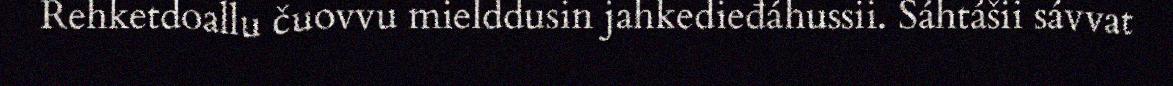
Rehketdoallu čuovvu mielddusin jahkedieđáhussii. Sáhtášii sávvat